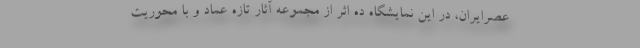
عصرایران، در این نمایشگاه ده اثر از مجموعه آثار تازه عماد و با محوریت